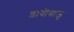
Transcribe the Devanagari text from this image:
डावीबाजू